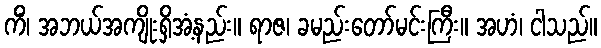
ကိံ၊ အဘယ်အကျိုးရှိအံ့နည်း။ ရာဇ၊ ခမည်းတော်မင်းကြီး။ အဟံ၊ ငါသည်။